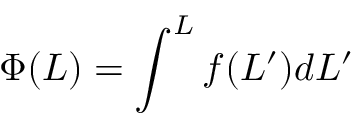
\Phi ( L ) = \int ^ { L } f ( L ^ { \prime } ) d L ^ { \prime }